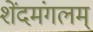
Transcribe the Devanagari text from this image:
शेंदमंगलम्